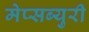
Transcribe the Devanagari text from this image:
मेप्सब्युरी